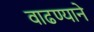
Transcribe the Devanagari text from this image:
वाढण्याने